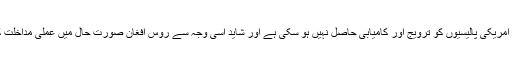
افغانستان میں امریکی پالیسیوں کو ترویج اور کامیابی حاصل نہیں ہو سکی ہے اور شاید اسی وجہ سے روس افغان صورت حال میں عملی مداخلت کا متمنی ہے۔